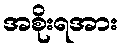
အစိုးရအား